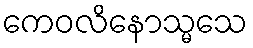
ကေဝလိနောသ္မသေ